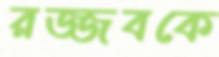
রজ্জবকে